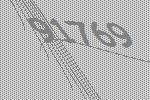
91769